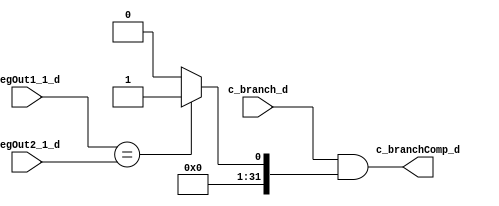
`timescale 1ns / 1ps
//////////////////////////////////////////////////////////////////////////////////
// Company: 
// Engineer: 
// 
// Design Name: 
// Module Name: compare
// Project Name: 
// Target Devices: 
// Tool Versions: 
// Description: 
// 
// Dependencies: 
// 
// Revision:
// Revision 0.01 - File Created
// Additional Comments:
// 
//////////////////////////////////////////////////////////////////////////////////


module compare(
    input [31:0] regOut1_1_d,regOut2_1_d,
    input c_branch_d,
    output c_branchComp_d
    );
    
    assign c_branchComp_d=c_branch_d && ((regOut1_1_d==regOut2_1_d) ? 1:0);
endmodule